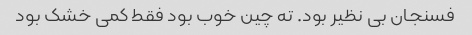
فسنجان بی نظیر بود. ته چین خوب بود فقط کمی خشک بود